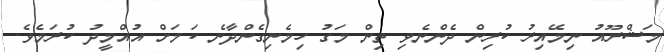
މަޝްރޫއު ނިމޭއިރު ކުރިން ދެންނެވި ތިން މަގު ހިމެނިގެންދާނެ ކަމަށް އުއްމީދު ކުރަމެވެ.